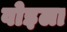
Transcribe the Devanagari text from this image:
वोइला